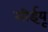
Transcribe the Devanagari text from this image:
सीईयू